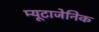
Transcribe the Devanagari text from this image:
म्यूटाजेनिक